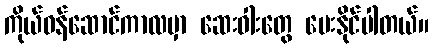
ကိုယ်ဝန်ဆောင်ကာလမှာ ဆေးဝါးတွေ ပေးနိုင်ပါတယ်။